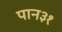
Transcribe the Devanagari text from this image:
पान३१